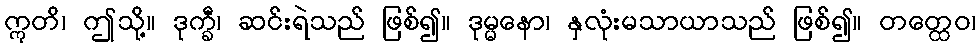
ဣတိ၊ ဤသို့။ ဒုက္ခီ၊ ဆင်းရဲသည် ဖြစ်၍။ ဒုမ္မနော၊ နှလုံးမသာယာသည် ဖြစ်၍။ တတ္ထေဝ၊